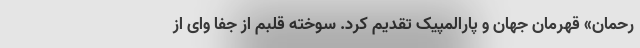
رحمان» قهرمان جهان و پارالمپیک تقدیم کرد. سوخته قلبم از جفا وای از